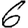
Digit: 6